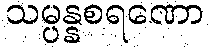
သမ္ပန္နစရဏော